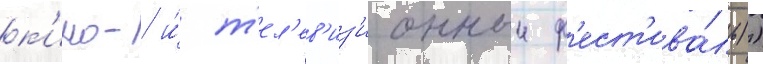
к'ино- и́ т'ел'ев'из'ионныи ф'ест'ива́ль))